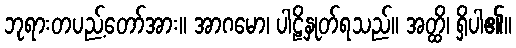
ဘုရားတပည့်တော်အား။ အာဂမော၊ ပါဠိနှုတ်ရသည်။ အတ္ထိ၊ ရှိပါ၏။